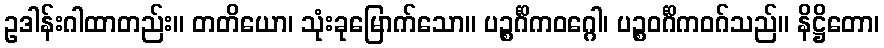
ဥဒါန်းဂါထာတည်း။ တတိယော၊ သုံးခုမြောက်သော။ ပဉ္စင်္ဂိကဝဂ္ဂေါ၊ ပဉ္စဝင်္ဂိကဝဂ်သည်။ နိဋ္ဌိတော၊